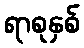
ရာစုနှစ်